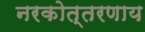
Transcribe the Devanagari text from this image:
नरकोत्तरणाय